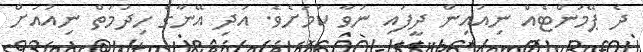
ދެ ޕޭމަންޓެއް ނިއުއިން ދީފައި ނުވާ ކަމަށެވެ. އަދި އޭނާގެ ހިދުމަތް ނިއުއަށް